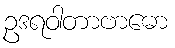
ဥဒရဝါတာဗာဓော